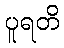
ပူရတိ